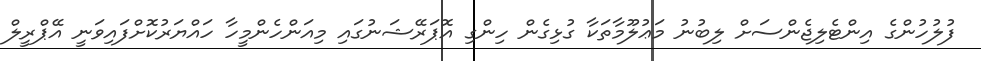
ފުލުހުންގެ އިންޓެލިޖެންސަށް ލިބުނު މަޢުލޫމާތަކާ ގުޅިގެން ހިންގި އޮޕަރޭޝަނުގައި މިއަންހެންމީހާ ހައްޔަރުކޮށްފައިވަނީ އޭޕްރީލް